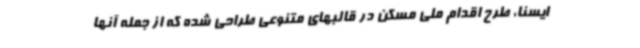
ایسنا، طرح اقدام ملی مسکن در قالبهای متنوعی طراحی شده که از جمله آنها